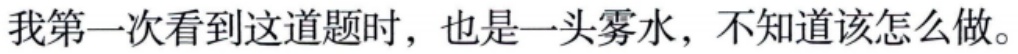
我第一次看到这道题时，也是一头雾水，不知道该怎么做。